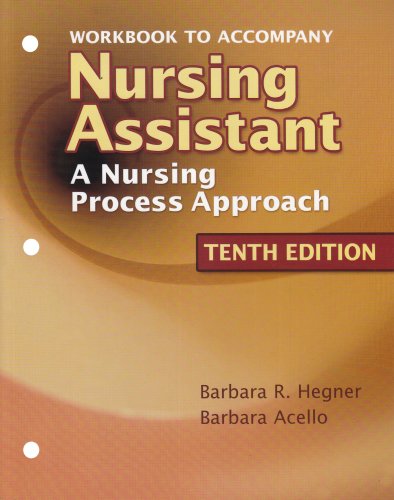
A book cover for Workbook to Accompany Nursing Assistant: A Nursing Process Approach; Barbara R. Hegner; Medical Books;